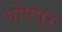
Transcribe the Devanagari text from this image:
गोपपुर